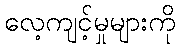
လေ့ကျင့်မှုများကို